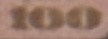
100